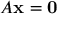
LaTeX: A \mathbf { x } = \mathbf { 0 }